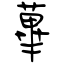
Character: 蓽